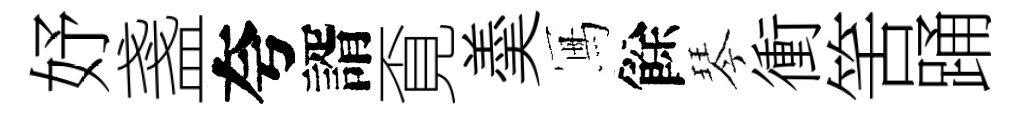
妤盞夸諝覔羮冩餘琴衝筈踊